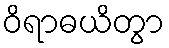
ဝိရာဓယိတွာ